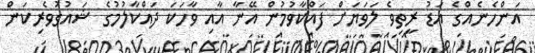
އަންހެނެއްގެ އަޑު ރީތިވެ ލަވަޔަށް ފައްކާވުމުން އޭނާ އާއި ވާހަކަ ދައްކާލުމުގެ ޝައުގުވެރިކަން